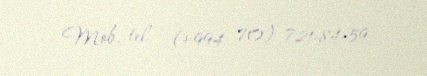
Mob. tel - (+994 70) 721-84-59